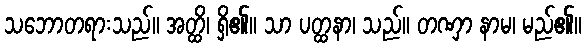
သဘောတရားသည်။ အတ္ထိ၊ ရှိ၏။ သာ ပတ္ထနာ၊ သည်။ တဏှာ နာမ၊ မည်၏။